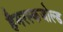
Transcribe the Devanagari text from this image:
हैमरस्कजोल्‍ड